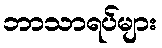
ဘာသာရပ်များ